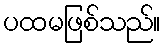
ပထမဖြစ်သည်။